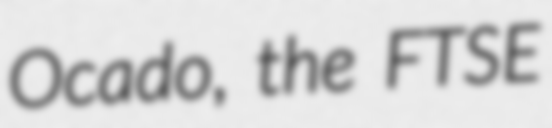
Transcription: Ocado, the FTSE